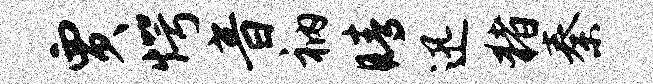
贾愕音衲睛迅猪秦